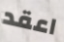
اعقد